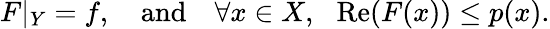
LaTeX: F|_{Y}=f,\quad{\mathrm{and}}\quad\forall x\in X,\ \ \operatorname{Re}(F(x))\leq p(x).